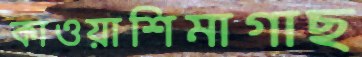
কাওয়াশিমাগাছ